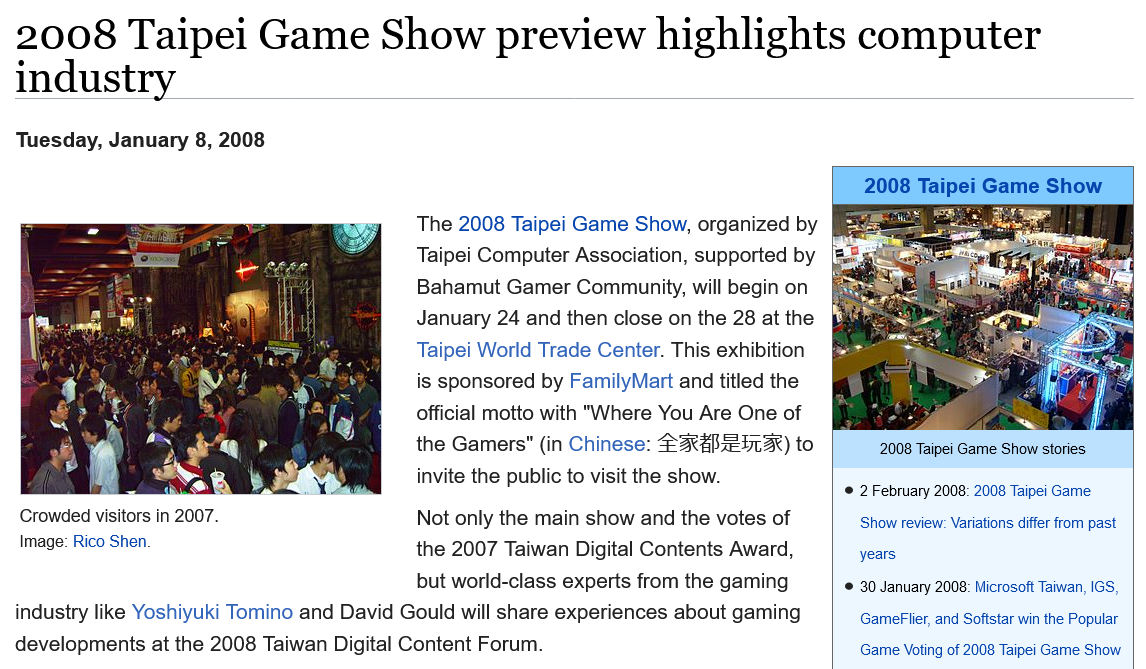
2008    Taipei    Game    Show   preview    highlights    computer
  industry
     The 2008 Taipei Game Show, organized by
     Taipei Computer Association, supported by
     Bahamut Gamer  Community, will begin on
     January 24 and then close on the 28 at the
     Taipei World Trade Center. This exhibition
     is sponsored by FamilyMart and titled the
     official motto with "Where You Are One of
     the Gamers" (in Chinese: 2RRAPZETA) to
     invite the public to visit the show.
     Not only the main show and the votes of
     the 2007 Taiwan Digital Contents Award,
     but world-class experts from the gaming
  industry like Yoshiyuki Tomino and David Gould will share experiences about gaming
  developments at the 2008 Taiwan Digital Content Forum.
  Crowded visitors in 2007.
  Image: Rico Shen.
     © 2 February 2008: 2008 Taipei Game
     Show review: Variations differ from past
     years
     © 30 January 2008: Microsoft Taiwan, IGS,
     GamefFlier, and Softstar win the Popular
     Game Voting of 2008 Taipei Game Show
  Tuesday, January 8, 2008
     2008 Taipei Game Show stories
     2008 Taipei Game Show